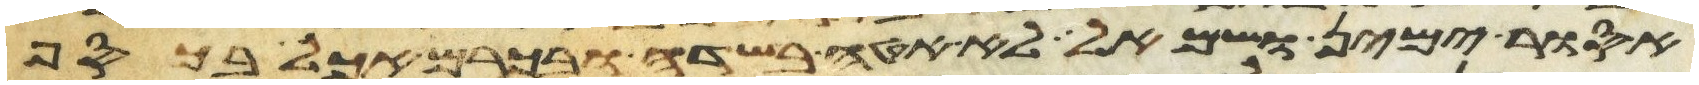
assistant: אסור ימין ושמאל לא אטה בשדה ובכרם אכל בכסף